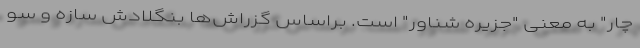
چار" به معنی "جزیره شناور" است. براساس گزراش‌ها بنگلادش سازه و سو